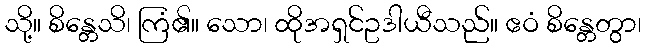
သို့။ စိန္တေသိ၊ ကြံ၏။ သော၊ ထိုအရှင်ဥဒါယီသည်။ ဧဝံ စိန္တေတွာ၊